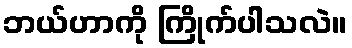
ဘယ်ဟာကို ကြိုက်ပါသလဲ။